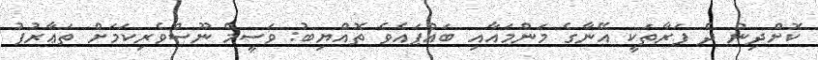
ކޮށްދިން ދެ ފަރާތަކީ އޭނާގެ މަންމައާއި ބައްޕައެވެ ތޮއްޔިބު: ވަސީމް ނޫސްވެރިކަމަށް ތަޢާރުފު